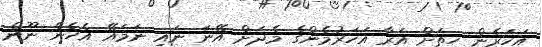
އަހަރެން ހިތަށް އަރާ އަހަރުމެންގެ މެދަށް އޭނަ ނައި ނަމައޭ އެހެން ނޫން